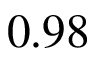
0 . 9 8